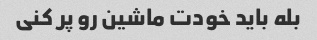
بله باید خودت ماشین رو پر کنی